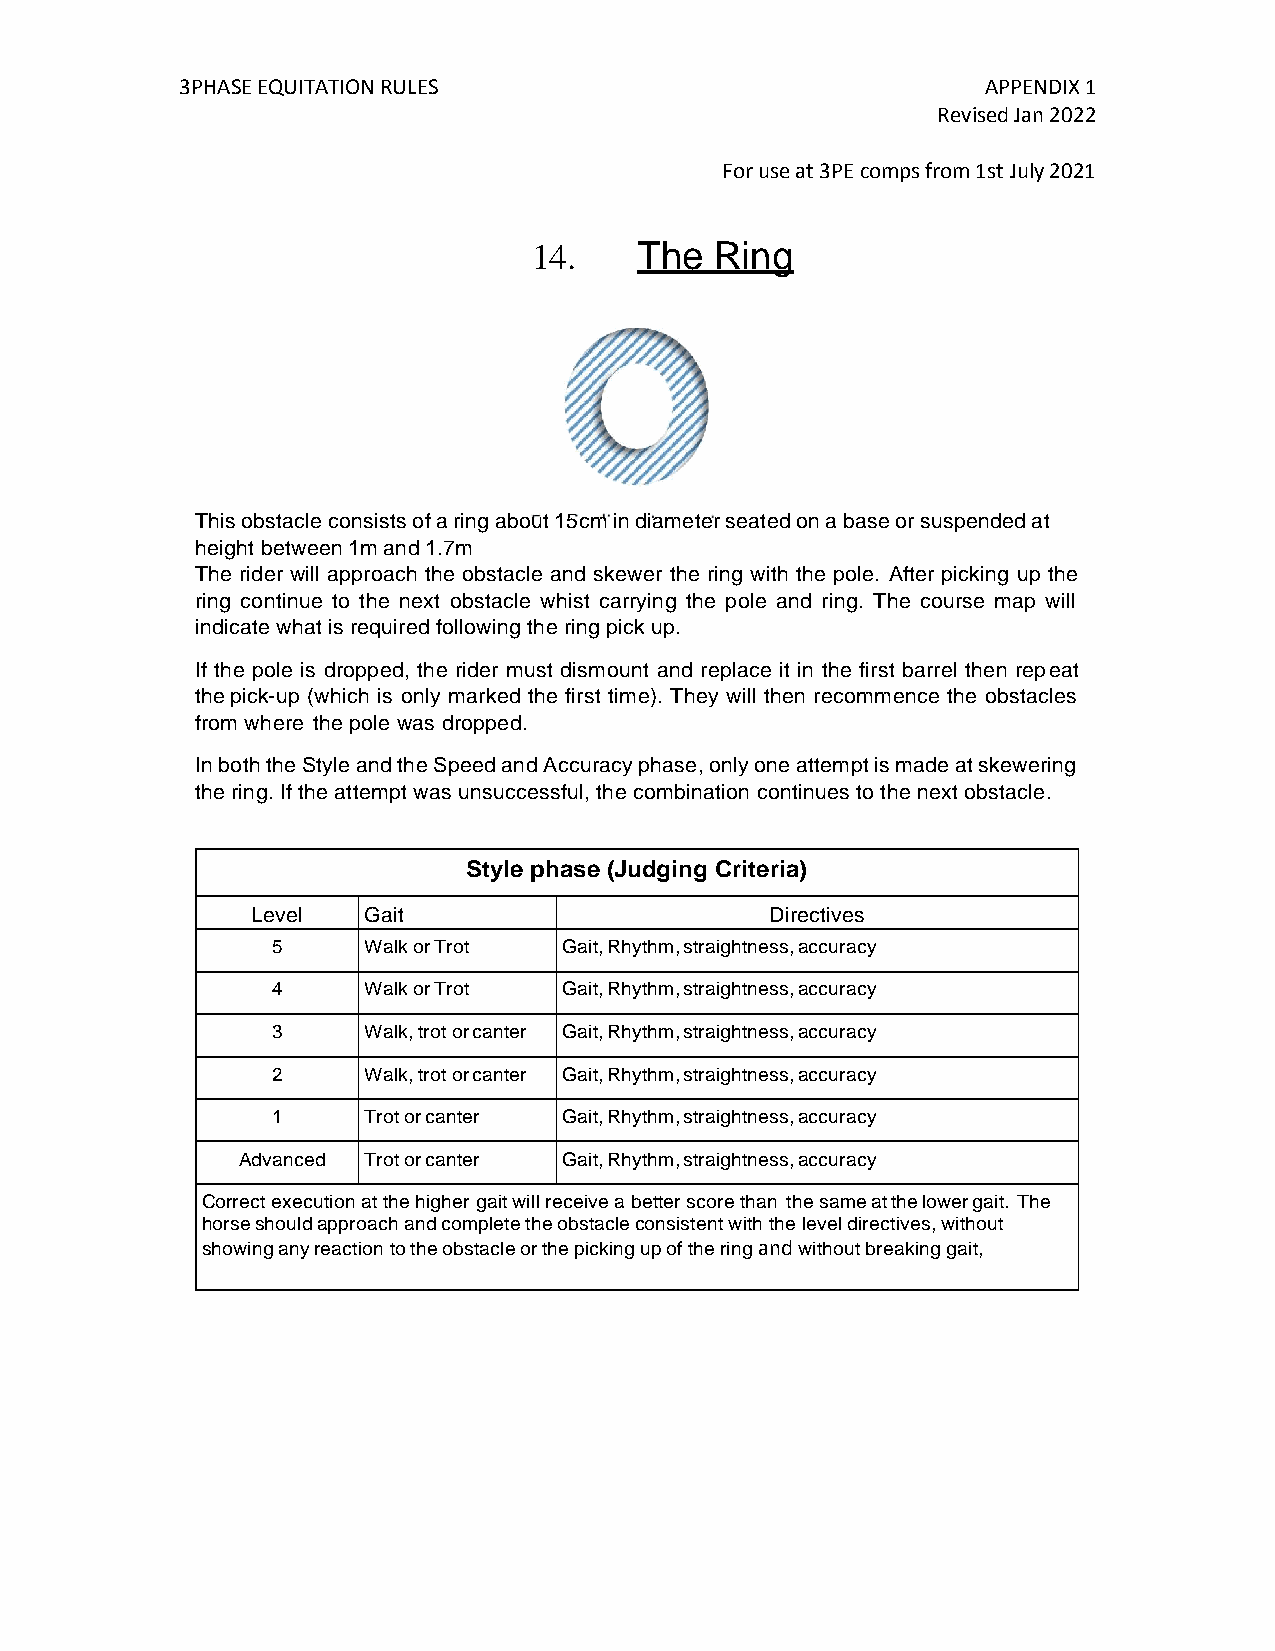
3PHASE EQUITATION RULES                              APPENDIX 1
 Revised Jan 2022
 For use at 3PE comps from 1st July 2021
 14.    The  Ring
 This obstacle consists of a ring about 15cm in diameter seated on a base or suspended at
 height between 1m and 1.7m
 The rider will approach the obstacle and skewer the ring with the pole. After picking up the
 ring continue to the next obstacle whist carrying the pole and ring. The course map will
 indicate what is required following the ring pick up.
 If the pole is dropped, the rider must dismount and replace it in the first barrel then repeat
 the pick-up (which is only marked the first time). They will then recommence the obstacles
 from where the pole was dropped.
 In both the Style and the Speed and Accuracy phase, only one attempt is made at skewering
 the ring. If the attempt was unsuccessful, the combination continues to the next obstacle.
 Style phase (Judging Criteria)
 Level  Gait                       Directives
 5     Walk or Trot Gait, Rhythm, straightness, accuracy
 4     Walk or Trot Gait, Rhythm, straightness, accuracy
 3     Walk, trot or canter Gait, Rhythm, straightness, accuracy
 2     Walk, trot or canter Gait, Rhythm, straightness, accuracy
 1     Trot or canter Gait, Rhythm, straightness, accuracy
 Advanced Trot or canter Gait, Rhythm, straightness, accuracy
 Correct execution at the higher gait will receive a better score than the same at the lower gait. The
 horse should approach and complete the obstacle consistent with the level directives, without
 showing any reaction to the obstacle or the picking up of the ring and without breaking gait,